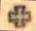
+